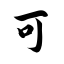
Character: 可